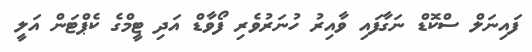
ފައިނަލް ސްކޮޑް ނަގާފައި ވާއިރު ހުނަރުވެރި ފޯވާޑް އަދި ޓީމްގެ ކެޕްޓަން އަލީ